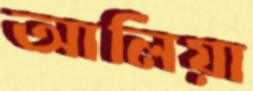
আলিয়া